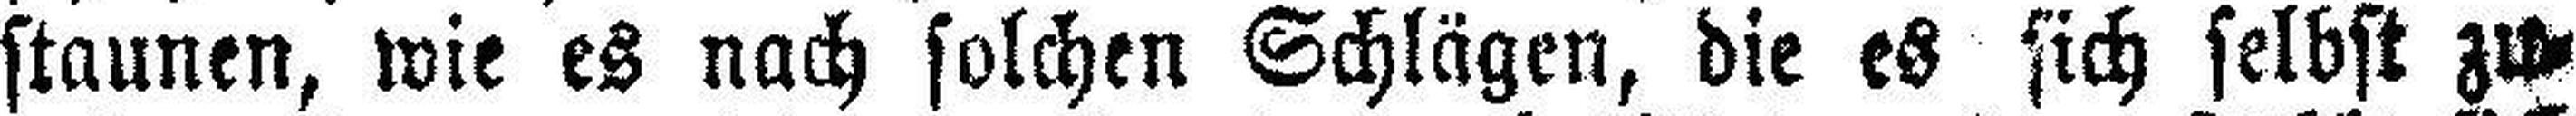
staunen, wie es nach solchen Schlägen, die es sich selbst zu¬